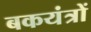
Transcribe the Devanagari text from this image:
बकयंत्रों